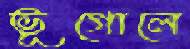
ভূগোলে